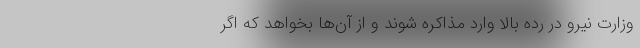
وزارت نیرو در رده بالا وارد مذاکره شوند و از آن‌ها بخواهد که اگر